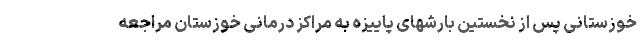
خوزستانی پس از نخستین بارشهای پاییزه به مراکز درمانی خوزستان مراجعه